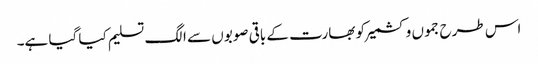
اس طرح جموں وکشمیر کو بھارت کے باقی صوبوں سے الگ تسلیم کیا گیا ہے۔